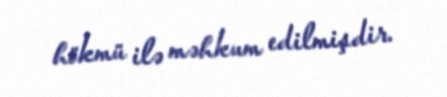
hökmü ilə məhkum edilmişdir.